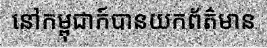
នៅកម្ពុជាក៍បានយកព័ត៌មាន